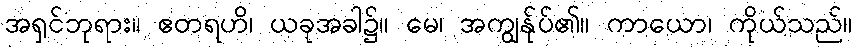
အရှင်ဘုရား။ ဧတရဟိ၊ ယခုအခါ၌။ မေ၊ အကျွန်ုပ်၏။ ကာယော၊ ကိုယ်သည်။